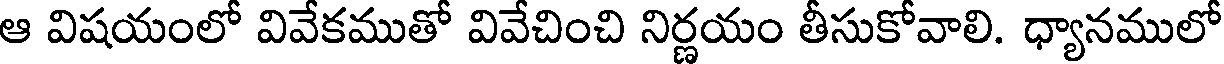
ఆ విషయంలో వివేకముతో వివేచించి నిర్ణయం తీసుకోవాలి. ధ్యానములో